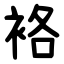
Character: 袼